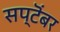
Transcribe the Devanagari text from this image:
सप्टॆंबर